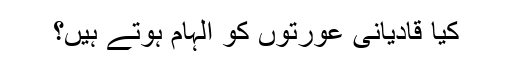
کیا قادیانی عورتوں کو الہام ہوتے ہیں؟